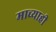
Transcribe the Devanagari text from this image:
माच्याही